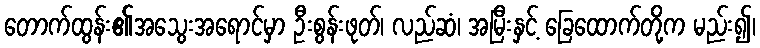
တောက်ထွန်း၏အသွေးအရောင်မှာ ဦးစွန်းဖုတ်၊ လည်ဆံ၊ အမြီးနှင့် ခြေထောက်တို့က မည်း၍၊